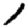
Digit: 1